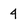
Character: 4